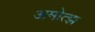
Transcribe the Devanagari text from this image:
अमोत्झ